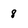
Character: 8